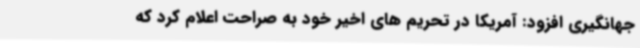
جهانگیری افزود: آمریکا در تحریم های اخیر خود به صراحت اعلام کرد که